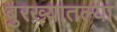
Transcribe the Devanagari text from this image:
बुरख्यातल्या